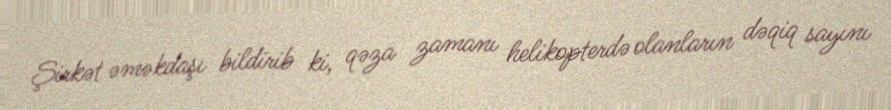
Şirkət əməkdaşı bildirib ki, qəza zamanı helikopterdə olanların dəqiq sayını